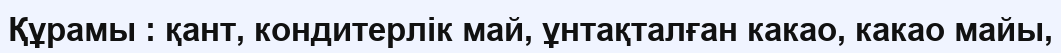
Құрамы : қант, кондитерлік май, ұнтақталған какао, какао майы,